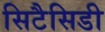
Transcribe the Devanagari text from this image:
सिटैसिडी